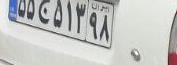
۵۵ج۵۱۳۹۸